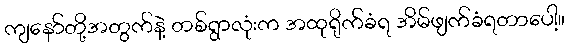
ကျနော်တို့အတွက်နဲ့ တစ်ရွာလုံးက အထုရိုက်ခံရ အိမ်ဖျက်ခံရတာပေါ့။